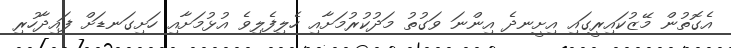
އެގޮތުން މޭޒުކައިރީގައި އިށީނދެ އިންނަ ވަގުތު މަދުކުރުމަށާއި ހެލިފެލިވެ އުޅުމަށާއި ހަށިގަނޑަށް ފައިދާހުރި